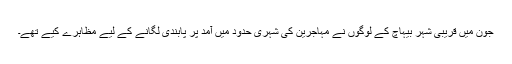
جون میں قریبی شہر بیہاچ کے لوگوں نے مہاجرین کی شہری حدود میں آمد پر پابندی لگانے کے لیے مظاہرے کیے تھے۔